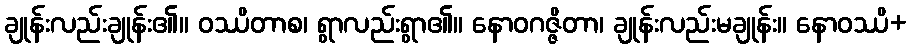
ချုန်းလည်းချုန်း၏။ ဝဿိတာစ၊ ရွာလည်းရွာ၏။ နောဝဂဇ္ဇိတာ၊ ချုန်းလည်းမချုန်း။ နောဝဿိ+